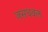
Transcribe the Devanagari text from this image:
जसधवल